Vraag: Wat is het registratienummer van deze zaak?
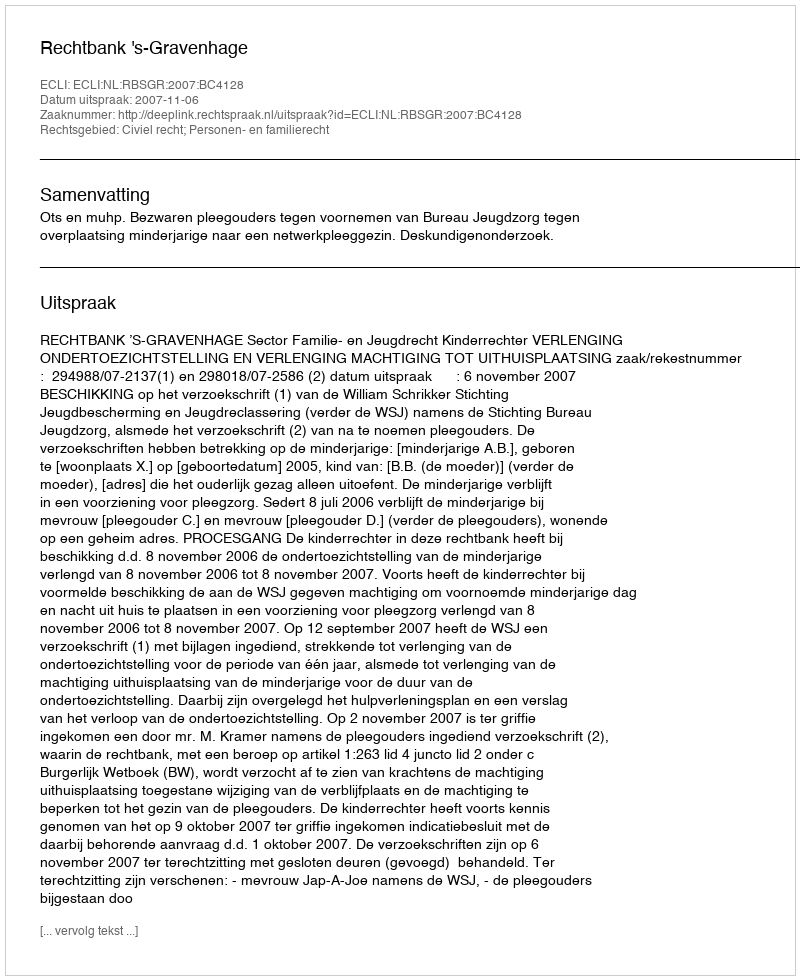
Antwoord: http://deeplink.rechtspraak.nl/uitspraak?id=ECLI:NL:RBSGR:2007:BC4128